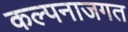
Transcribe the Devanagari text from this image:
कल्पनाजगत